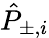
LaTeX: \hat{P}_{\pm,i}